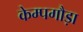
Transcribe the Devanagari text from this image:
केम्पगौड़ा